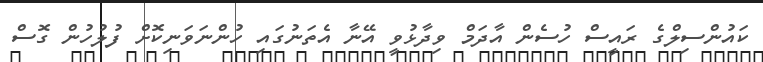
ކައުންސިލްގެ ރައީސް ހުސެން އާދަމް ވިދާޅުވީ އޭނާ އެތަނުގައި ހުންނަވަނިކޮށް ފުލުހުން ގޮސް